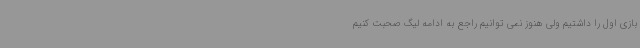
بازی اول را داشتیم ولی هنوز نمی توانیم راجع به ادامه لیگ صحبت کنیم